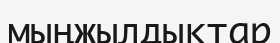
мыңжылдықтар